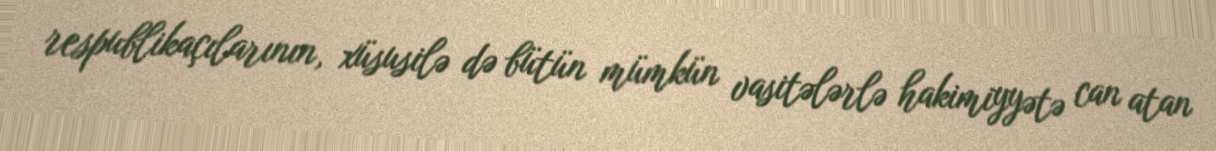
respublikaçılarının, xüsusilə də bütün mümkün vasitələrlə hakimiyyətə can atan